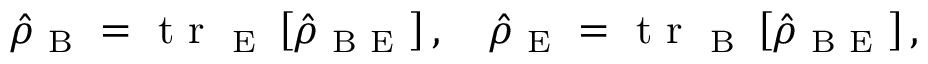
\hat { \rho } _ { \mathrm { ~ B ~ } } = \mathrm { ~ t ~ r ~ } _ { \mathrm { ~ E ~ } } \left[ \hat { \rho } _ { \mathrm { ~ B ~ E ~ } } \right] , \quad \hat { \rho } _ { \mathrm { ~ E ~ } } = \mathrm { ~ t ~ r ~ } _ { \mathrm { ~ B ~ } } \left[ \hat { \rho } _ { \mathrm { ~ B ~ E ~ } } \right] ,